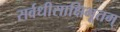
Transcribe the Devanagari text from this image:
सर्वधीसाक्षिभूतम्